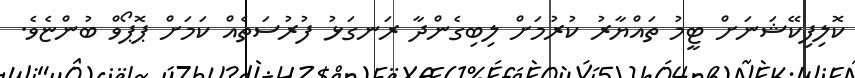
ކޮލިފިކޭޝަނަށް ޓީމު ތައްޔާރު ކުރުމަށް ލިބިގެންދާ ރަނގަޅު ފުރުސަތެއް ކަމަށް ޕޮޕޯވް ބުންޏެވެ.